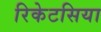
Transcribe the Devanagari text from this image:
रिकेटसिया